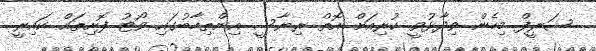
ޝަރީފް މިހެން ވިދާޅުވީ ކުރިއަށް އޮތް ރިޔާސީ އިންތިހާބުގައި ވޯޓު ފޮށިތައް ކައިރީ